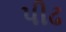
પીઢ